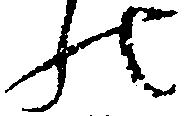
の